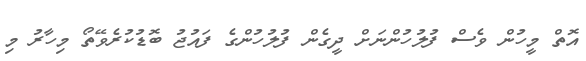
އޮތް މީހުން ވެސް ފުލުހުންނަށް ދީގެން ފުލުހުންގެ ފައުޖު ބޮޑުކުރެވޭތޯ މިހާރު މި